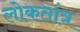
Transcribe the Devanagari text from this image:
लोकतांत्र